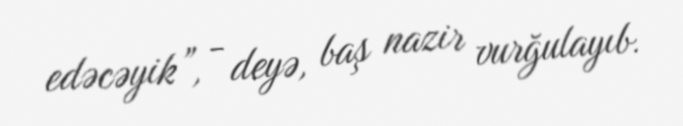
edəcəyik”, - deyə, baş nazir vurğulayıb.